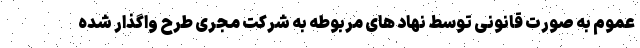
عموم به صورت قانونی توسط نهاد های مربوطه به شرکت مجری طرح واگذار شده